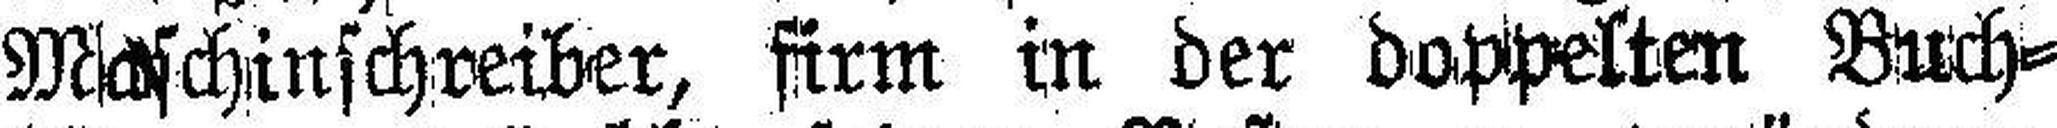
Maschinschreiber, firm in der doppelten Buch¬